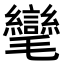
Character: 𭯮